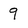
Character: 9